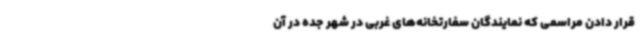
قرار دادن مراسمی که نمایندگان سفارتخانه‌های غربی در شهر جده در آن